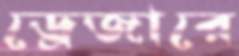
ড্রেজারে